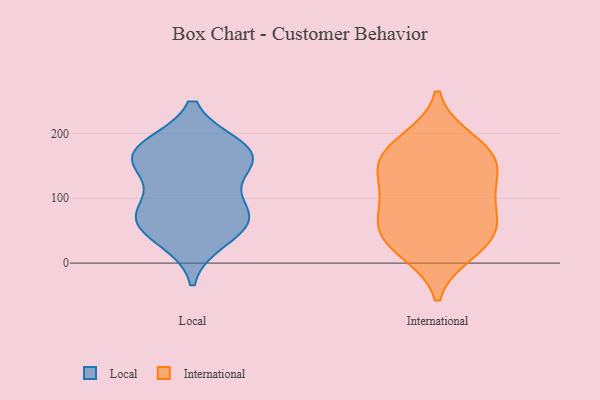
{"axis": {"x": "LTV (USD)", "y": "Value"}, "legend": ["International", "Local"], "data": [{"x": "", "y": 151, "type": "Local"}, {"x": "", "y": 38, "type": "Local"}, {"x": "", "y": 170, "type": "Local"}, {"x": "", "y": 165, "type": "Local"}, {"x": "", "y": 70, "type": "Local"}, {"x": "", "y": 67, "type": "Local"}, {"x": "", "y": 177, "type": "Local"}, {"x": "", "y": 163, "type": "Local"}, {"x": "", "y": 87, "type": "Local"}, {"x": "", "y": 67, "type": "Local"}, {"x": "", "y": 99, "type": "International"}, {"x": "", "y": 45, "type": "International"}, {"x": "", "y": 53, "type": "International"}, {"x": "", "y": 30, "type": "International"}, {"x": "", "y": 71, "type": "International"}, {"x": "", "y": 19, "type": "International"}, {"x": "", "y": 143, "type": "International"}, {"x": "", "y": 153, "type": "International"}, {"x": "", "y": 188, "type": "International"}, {"x": "", "y": 176, "type": "International"}, {"x": "", "y": 156, "type": "International"}, {"x": "", "y": 105, "type": "International"}]}